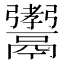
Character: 𩱞